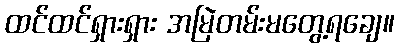
ထင်ထင်ရှားရှား အမြဲတမ်းမတွေ့ရချေ။